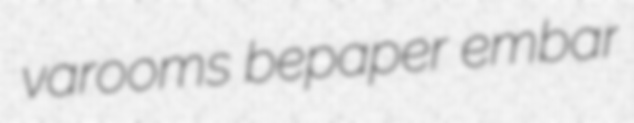
varooms bepaper embar